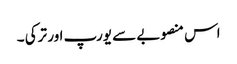
اس منصوبے سے یورپ اور ترکی ۔